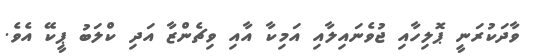
ވާދަކުރަނީ ޕޮލިހާއި ޖުވެނައިލާއި އަމިކާ އާއި ވިޗެންޒާ އަދި ކްލަބު ޕީކޭ އެވެ.